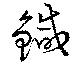
鍼